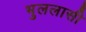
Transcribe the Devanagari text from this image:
भुललासी